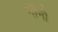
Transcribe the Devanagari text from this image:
नोंनी